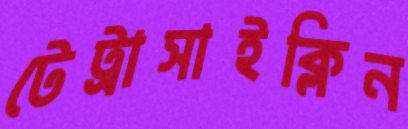
টেট্রাসাইক্লিন